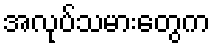
အလုပ်သမားတွေက